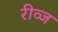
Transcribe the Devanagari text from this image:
रीव्ज